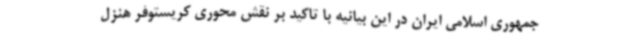
جمهوری اسلامی ایران در این بیانیه با تاکید بر نقش محوری کریستوفر هنزل